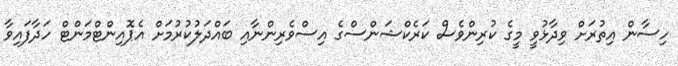
ހިސާން އިތުރަށް ވިދާޅުވީ މީގެ ކުރިންވެސް ކަރެކްޝަންސްގެ އިސްވެރިންނާއި ބައްދަލުކުރުމަށް އެޕޮއިންޓްމަންޓް ހަދާފައިވާ